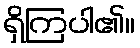
ရှိကြပါ၏။